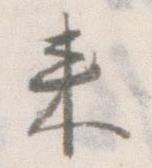
来